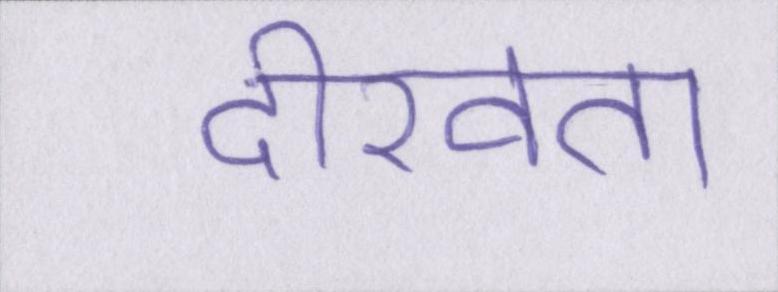
दीखता